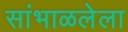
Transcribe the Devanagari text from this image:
सांभाळलेला